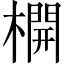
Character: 𣛣